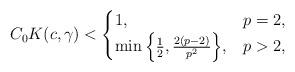
LaTeX: \begin{align*}C_{0}K(c,\gamma)<\begin{cases}1,&p=2,\\\min\Big\{\frac{1}{2},\frac{2(p-2)}{p^{2}}\Big\},&p>2,\end{cases}\end{align*}